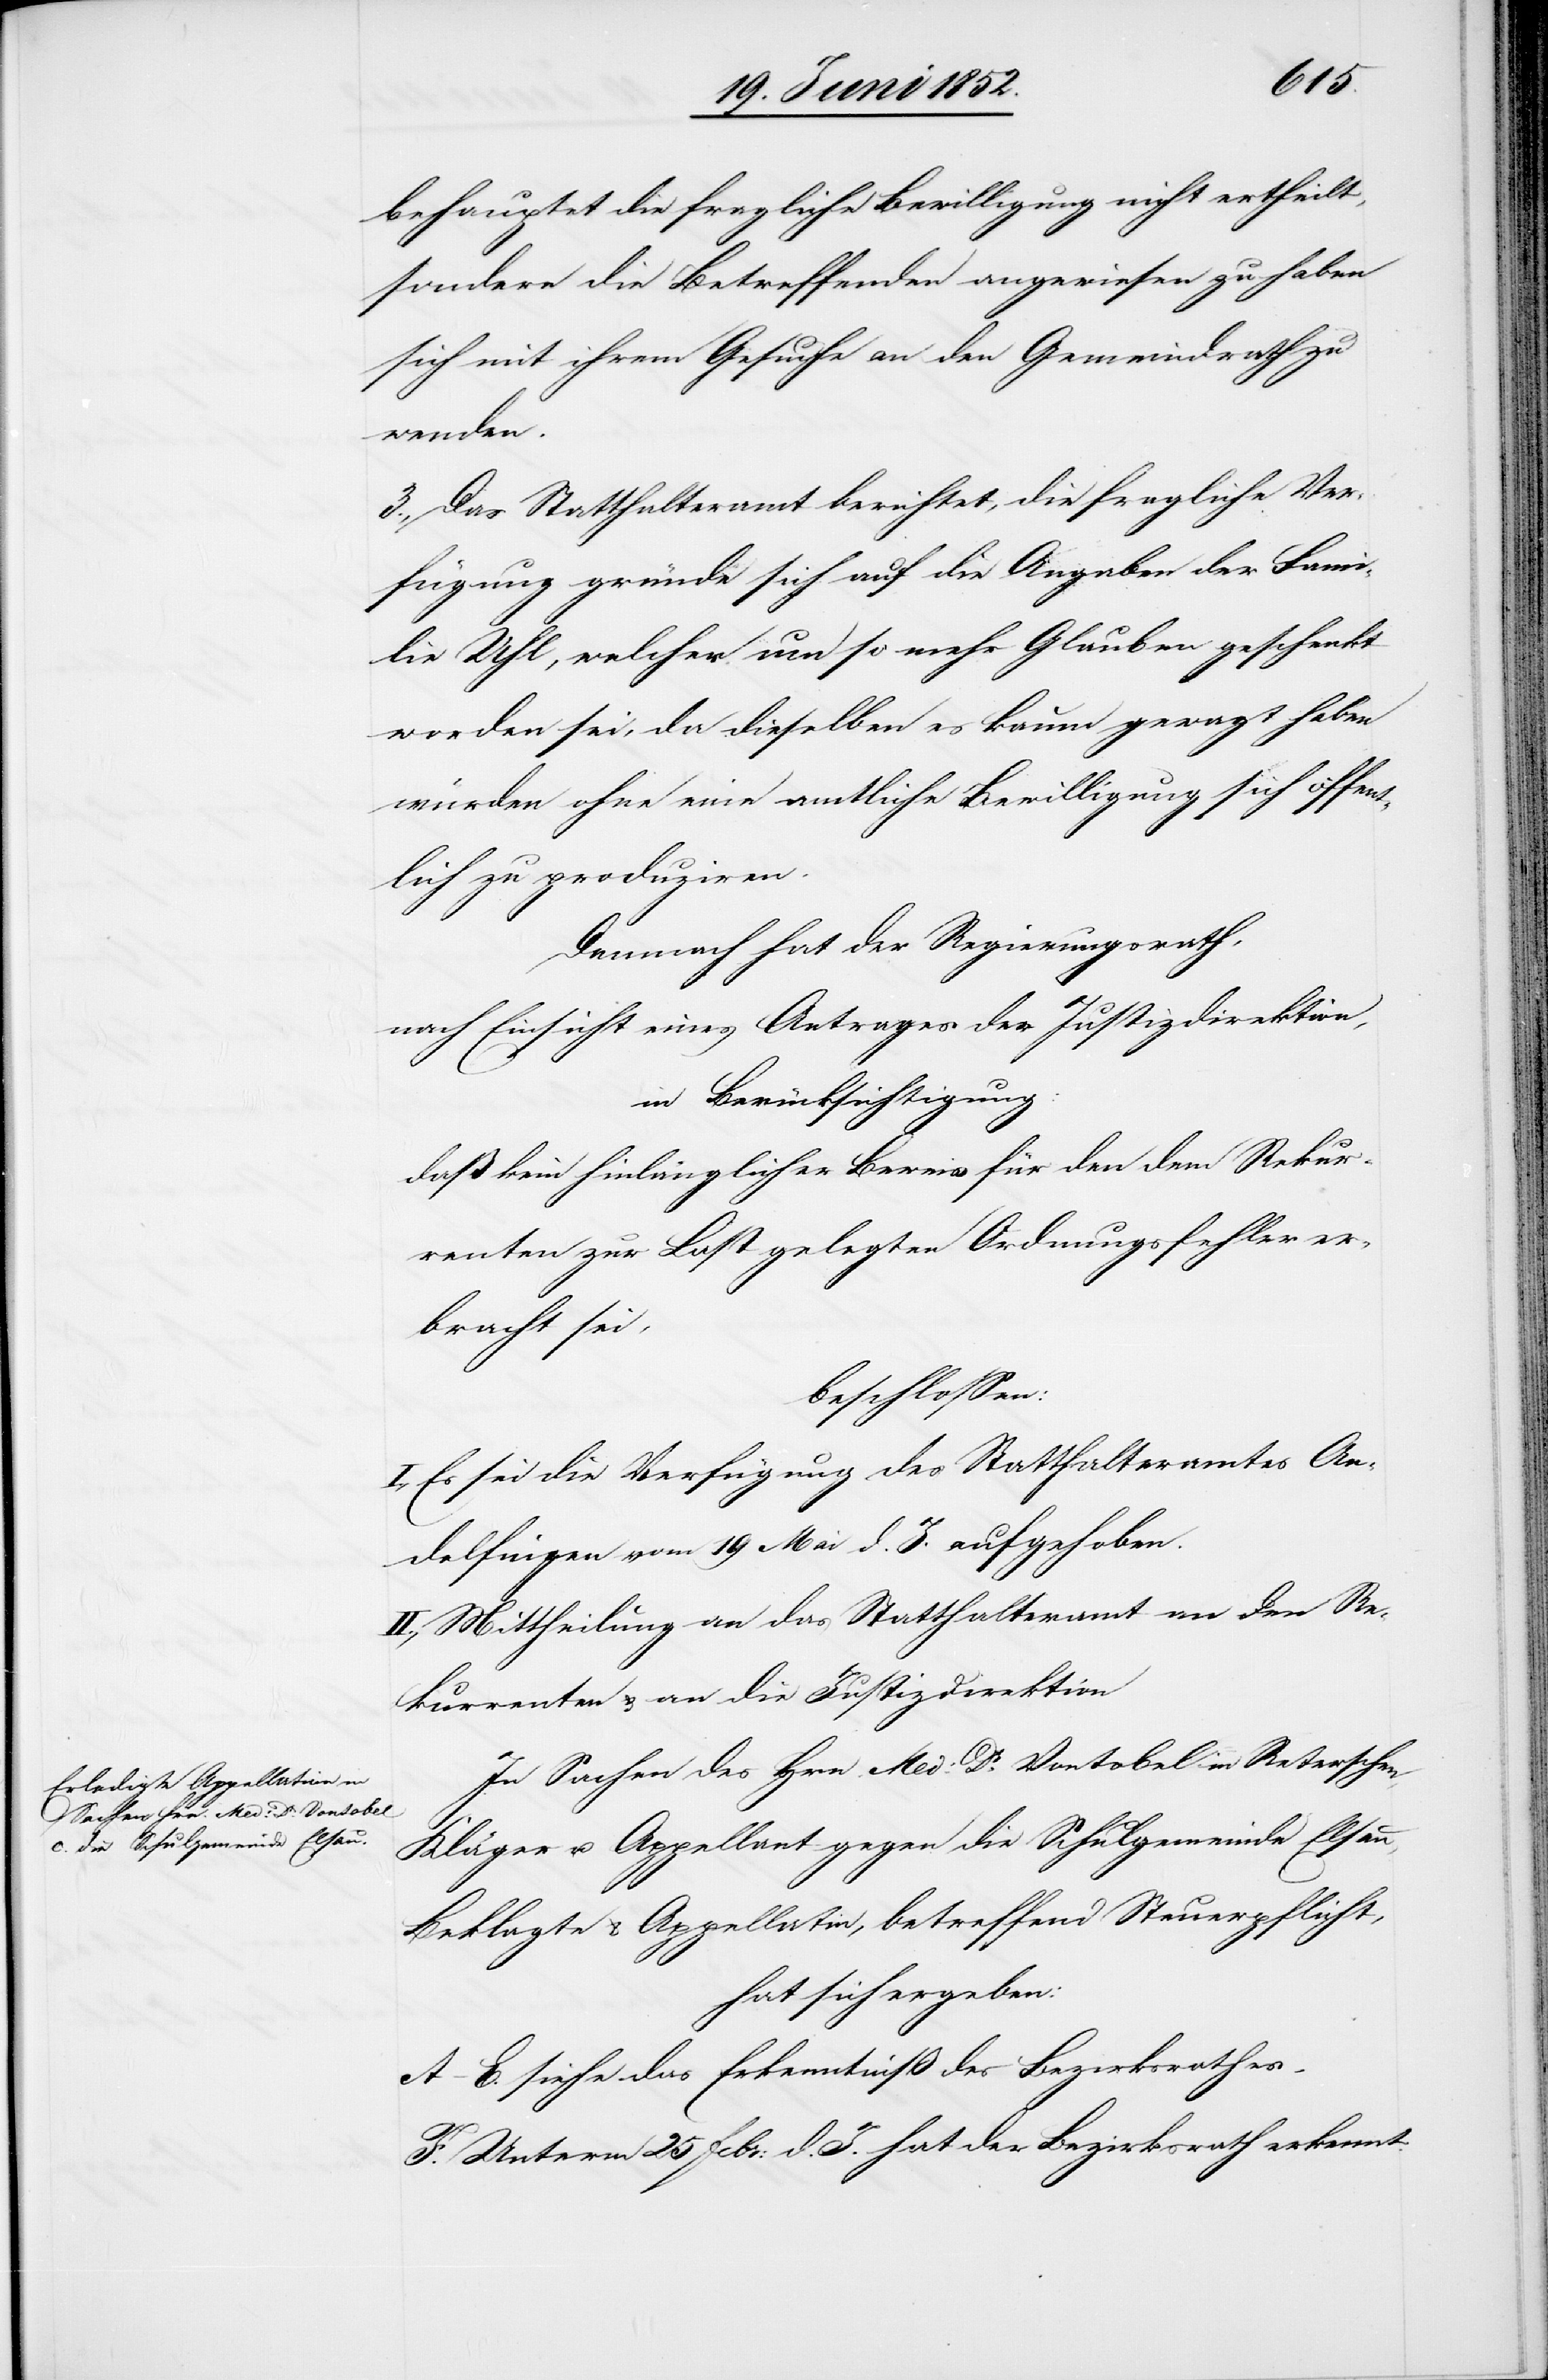
behauptet die fragliche Bewilligung nicht ertheilt,
sondern die Betreffenden angewiesen zu haben
sich mit ihrem Gesuche an den Gemeindrath zu
wenden.
3., Das Statthalteramt berichtet, die fragliche Ver¬
fügung gründe sich auf die Angaben der Fami¬
lie Uhl, welcher um so mehr Glauben geschenkt
worden sei, da dieselben es kaum gewagt haben
würden ohne eine amtliche Bewilligung sich öffent¬
lich zu produziren.
Demnach hat der Regierungsrath,
nach Einsicht eines Antrages der Justizdirektion,
in Berücksichtigung:
daß kein hinlänglicher Beweis für den dem Rekur¬
renten zur Last gelegten Ordnungsfehler er¬
bracht sei,
beschlossen:
I., Es sei die Verfügung des Statthalteramtes An¬
delfingen vom 19 Mai d. J. aufgehoben.
II., Mittheilung an das Statthalteramt[,] an den Re¬
kurrenten & an die Justizdirektion[.]
In Sachen des Hrn. Med: Dr. Vontobel in Reterschen,
Kläger u. Appellant gegen die Schulgemeinde Elsau,
Beklagte & Appellatin, betreffend Steuerpflicht,
hat sich ergeben:
A–E. siehe das Erkenntniss des Bezirksrathes.
F. Unterm 25 Febr: d. J. hat der Bezirksrath erkennt: